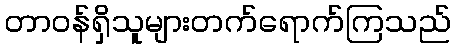
တာဝန်ရှိသူများတက်ရောက်ကြသည်